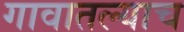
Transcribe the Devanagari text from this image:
गावातल्याच